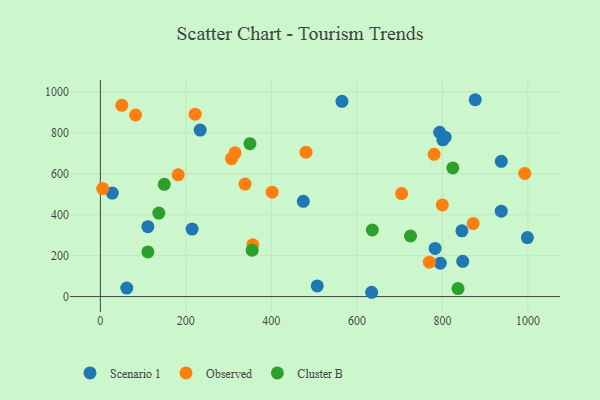
{"axis": {"x": "Study Hours", "y": "Sales"}, "legend": ["Cluster B", "Observed", "Scenario 1"], "data": [{"x": "233.5", "y": 813.9, "type": "Scenario 1"}, {"x": "28.0", "y": 505.6, "type": "Scenario 1"}, {"x": "876.8", "y": 962.0, "type": "Scenario 1"}, {"x": "806.3", "y": 778.9, "type": "Scenario 1"}, {"x": "783.0", "y": 235.1, "type": "Scenario 1"}, {"x": "565.1", "y": 954.2, "type": "Scenario 1"}, {"x": "474.7", "y": 465.6, "type": "Scenario 1"}, {"x": "507.3", "y": 51.9, "type": "Scenario 1"}, {"x": "937.8", "y": 661.2, "type": "Scenario 1"}, {"x": "847.6", "y": 172.2, "type": "Scenario 1"}, {"x": "111.1", "y": 341.6, "type": "Scenario 1"}, {"x": "793.6", "y": 802.6, "type": "Scenario 1"}, {"x": "801.2", "y": 765.9, "type": "Scenario 1"}, {"x": "795.1", "y": 163.4, "type": "Scenario 1"}, {"x": "937.7", "y": 417.3, "type": "Scenario 1"}, {"x": "845.7", "y": 321.2, "type": "Scenario 1"}, {"x": "998.8", "y": 288.5, "type": "Scenario 1"}, {"x": "634.5", "y": 21.0, "type": "Scenario 1"}, {"x": "61.7", "y": 41.4, "type": "Scenario 1"}, {"x": "214.7", "y": 329.7, "type": "Scenario 1"}, {"x": "481.0", "y": 705.7, "type": "Observed"}, {"x": "356.6", "y": 253.0, "type": "Observed"}, {"x": "306.7", "y": 673.8, "type": "Observed"}, {"x": "704.6", "y": 503.4, "type": "Observed"}, {"x": "221.7", "y": 891.5, "type": "Observed"}, {"x": "780.7", "y": 695.2, "type": "Observed"}, {"x": "799.8", "y": 447.9, "type": "Observed"}, {"x": "82.3", "y": 887.3, "type": "Observed"}, {"x": "872.0", "y": 356.6, "type": "Observed"}, {"x": "338.4", "y": 549.7, "type": "Observed"}, {"x": "182.1", "y": 595.2, "type": "Observed"}, {"x": "5.3", "y": 527.9, "type": "Observed"}, {"x": "769.5", "y": 168.3, "type": "Observed"}, {"x": "50.2", "y": 934.7, "type": "Observed"}, {"x": "401.9", "y": 510.3, "type": "Observed"}, {"x": "992.7", "y": 601.9, "type": "Observed"}, {"x": "315.0", "y": 702.6, "type": "Observed"}, {"x": "725.5", "y": 296.1, "type": "Cluster B"}, {"x": "136.7", "y": 408.1, "type": "Cluster B"}, {"x": "111.1", "y": 218.3, "type": "Cluster B"}, {"x": "149.5", "y": 548.7, "type": "Cluster B"}, {"x": "349.9", "y": 747.0, "type": "Cluster B"}, {"x": "836.6", "y": 39.2, "type": "Cluster B"}, {"x": "636.2", "y": 325.3, "type": "Cluster B"}, {"x": "824.3", "y": 628.9, "type": "Cluster B"}, {"x": "355.1", "y": 226.3, "type": "Cluster B"}]}